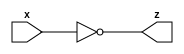
module not_m(output z, input x);
    //qui faccio tutti gli assegnamenti
    assign
        z = ~x;
endmodule